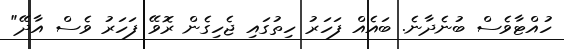
ހުއްޓާވެސް ބުނެދާނެ. ބައެއް ފަހަރު ހިތުގައި ޖެހިގެން ރޮވޭ ފަހަރު ވެސް އާދޭ"